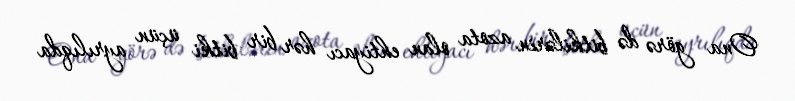
Ona görə də bitkilərin azota olan ehtiyacı hər bir bitki üçün ayrılıqda